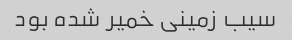
سیب زمینی خمیر شده بود